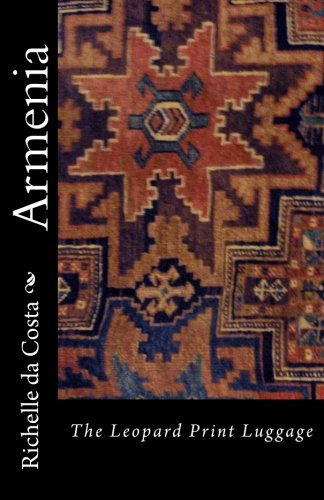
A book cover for Armenia: The Leopard Print Luggage (Volume 3); Richelle da Costa; Travel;